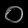
Digit: ၀